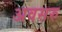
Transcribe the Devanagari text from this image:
अवसरु